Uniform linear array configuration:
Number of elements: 16
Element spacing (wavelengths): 0.75
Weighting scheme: exponential
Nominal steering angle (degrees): -30
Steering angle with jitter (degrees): -30.16
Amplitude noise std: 0.05
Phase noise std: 0.05

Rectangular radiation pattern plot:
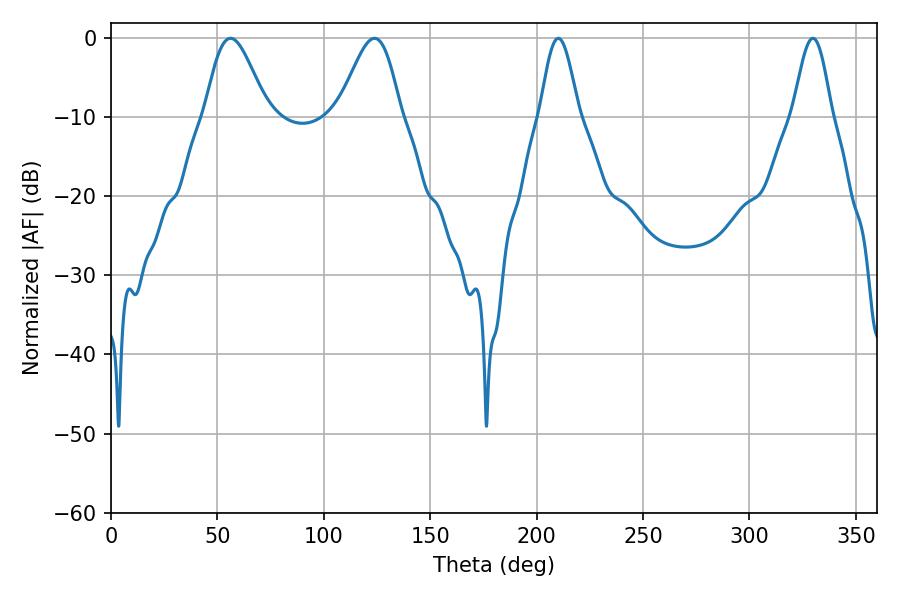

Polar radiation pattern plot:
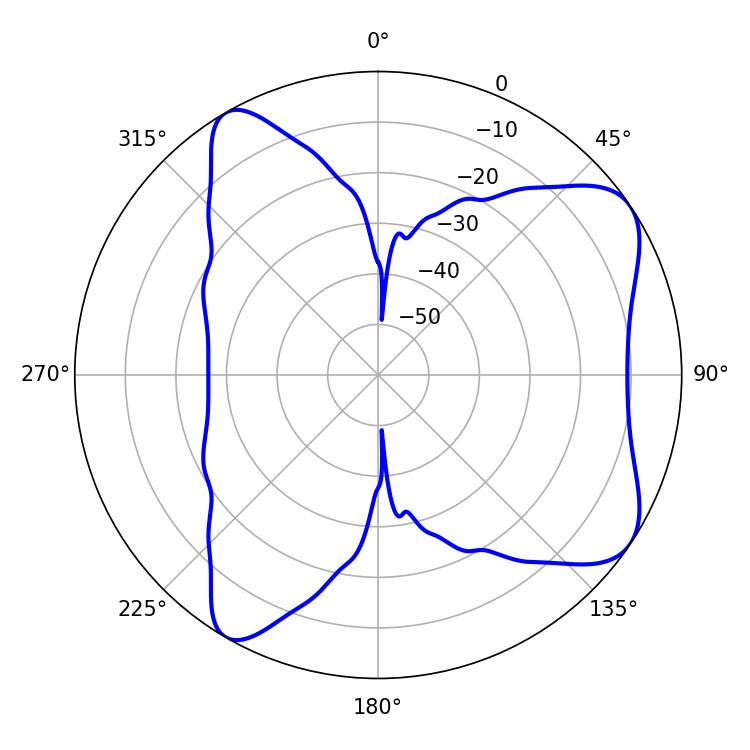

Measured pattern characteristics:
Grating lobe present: TRUE
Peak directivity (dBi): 7.509
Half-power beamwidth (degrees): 15.3
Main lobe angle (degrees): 56.16